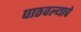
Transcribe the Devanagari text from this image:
पाठवल्याचे